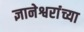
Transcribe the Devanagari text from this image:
ज्ञानेश्वरांंच्या